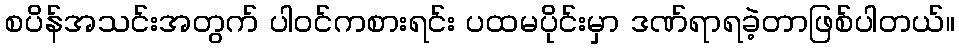
စပိန်အသင်းအတွက် ပါဝင်ကစားရင်း ပထမပိုင်းမှာ ဒဏ်ရာရခဲ့တာဖြစ်ပါတယ်။